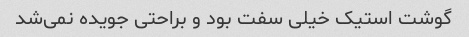
گوشت استیک‌ خیلی سفت بود و‌ براحتی جویده نمی‌شد